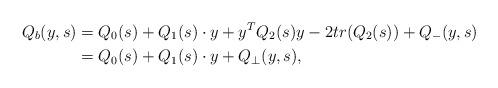
LaTeX: \begin{align*}Q_b(y,s) &= Q_0(s) + Q_1(s)\cdot y + y^TQ_2(s)y - 2tr(Q_2(s)) + Q_{-}(y,s) \\& = Q_0(s) + Q_1(s)\cdot y + Q_\bot(y,s),\end{align*}